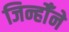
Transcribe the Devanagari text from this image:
जिन्होँने